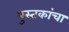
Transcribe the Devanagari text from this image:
पुस्‍तकांचा